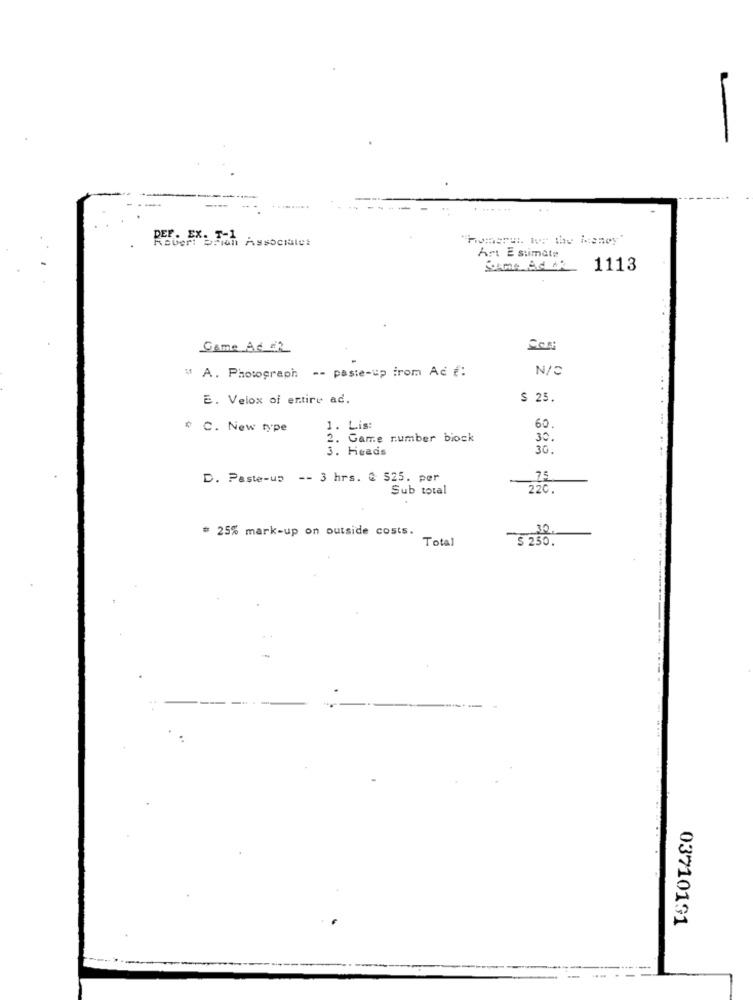
-
.-.
"Homers. we the Money"
Permission Associates
Art E stimate
1113
Come Ad 12
" A. Photograph -- paste-up irom Ad f:
N/C
E. Velox of entire ad.
$ 23.
$ C. New type
1. Lis:
60.
2. Game number biock
30.
3. Heads
30.
D. Paste-up -- 3 hrs. & 525. per
25
Sub total
220.
# 25% mark-up on outside costs.
Total
$ 250.
03710191